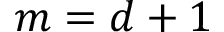
m = d + 1